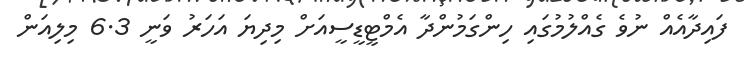
ފައިދާއެއް ނުވެ ގެއްލުމުގައި ހިންގަމުންދާ އެމްޓީޑީސީއަށް މިދިޔަ އަހަރު ވަނީ 6.3 މިލިއަން